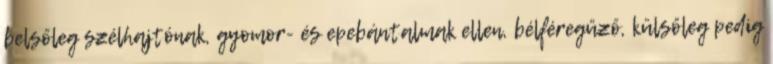
belsőleg szélhajtónak, gyomor- és epebántalmak ellen, bélféregűző, külsőleg pedig